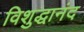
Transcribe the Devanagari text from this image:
विशुद्धानंद